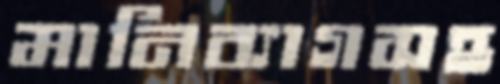
মানিব্যাগসহ